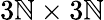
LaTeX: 3\mathbb{N}\times3\mathbb{N}